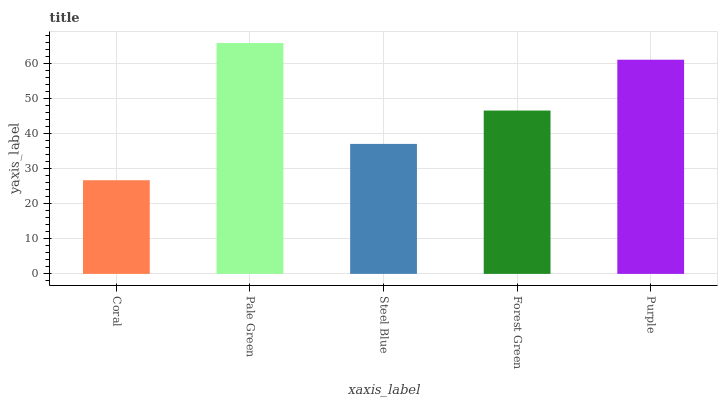
| xaxis_label | bars |
 | --- | --- |
 | Coral | 26.8 |
 | Pale Green | 65.9 |
 | Steel Blue | 37.1 |
 | Forest Green | 46.7 |
 | Purple | 61.2 |